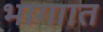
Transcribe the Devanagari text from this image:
भागाात